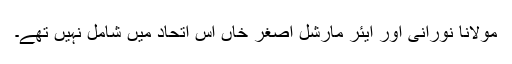
مولانا نورانی اور ایئر مارشل اصغر خاں اس اتحاد میں شامل نہیں تھے۔